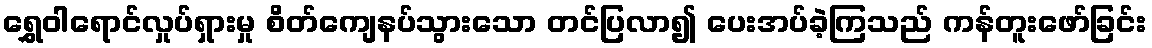
ရွှေဝါရောင်လှုပ်ရှားမှု စိတ်ကျေနပ်သွားသော တင်ပြလာ၍ ပေးအပ်ခဲ့ကြသည် ကန်တူးဖော်ခြင်း